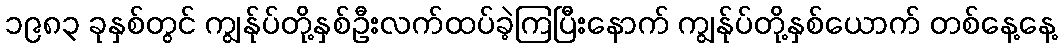
၁၉၈၃ ခုနှစ်တွင် ကျွန်ုပ်တို့နှစ်ဦးလက်ထပ်ခဲ့ကြပြီးနောက် ကျွန်ုပ်တို့နှစ်ယောက် တစ်နေ့နေ့